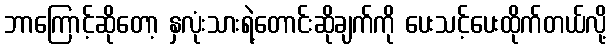
ဘာကြောင့်ဆိုတော့ နှလုံးသားရဲ့တောင်းဆိုချက်ကို ပေးသင့်ပေးထိုက်တယ်လို့